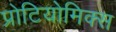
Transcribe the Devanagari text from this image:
प्रोटियोमिक्स